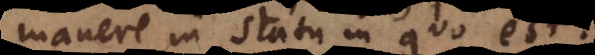
manere in statu in quo est.